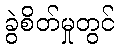
ခွဲစိတ်မှုတွင်